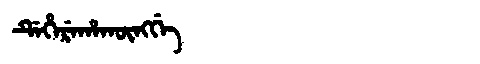
Manchu: ᡩᡝᡥᡝᡵᡝᡥᠠᡴᡡᠩᡤᡝ
Romanization: DEHEREHAKŪNGGE